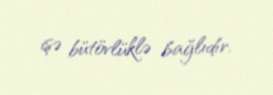
işə bütövlüklə bağlıdır.